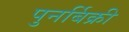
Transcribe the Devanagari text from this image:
पुनर्बिक्री